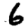
Digit: 6